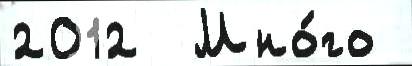
2012  Мно́го